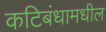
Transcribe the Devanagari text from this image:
कटिबंधामधील